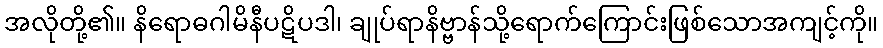
အလိုတို့၏။ နိရောဓဂါမိနီပဋိပဒါ၊ ချုပ်ရာနိဗ္ဗာန်သို့ရောက်ကြောင်းဖြစ်သောအကျင့်ကို။